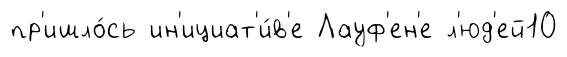
пр'ишло́сь ин'ициат'и́в'е Лауф'ен'е л'юд'ей10